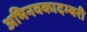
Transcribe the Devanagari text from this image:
अभिनवकादम्बरी